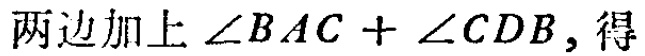
两边加上\(\angle BAC + \angle CDB\)，得